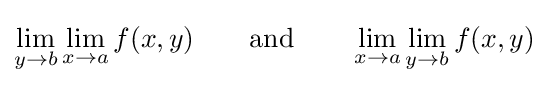
\lim _{y\to b}\lim _{x\to a}f(x,y)\qquad {\text{and}}\qquad \lim _{x\to a}\lim _{y\to b}f(x,y)